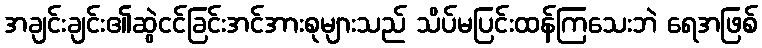
အချင်းချင်း၏ဆွဲငင်ခြင်းအင်အားစုများသည် သိပ်မပြင်းထန်ကြသေးဘဲ ရေအဖြစ်